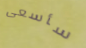
سأسعى